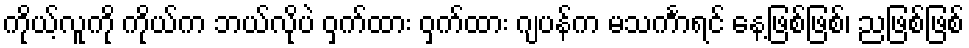
ကိုယ့်လူကို ကိုယ်က ဘယ်လိုပဲ ဝှက်ထား ဝှက်ထား ဂျပန်က မသင်္ကာရင် နေ့ဖြစ်ဖြစ်၊ ညဖြစ်ဖြစ်